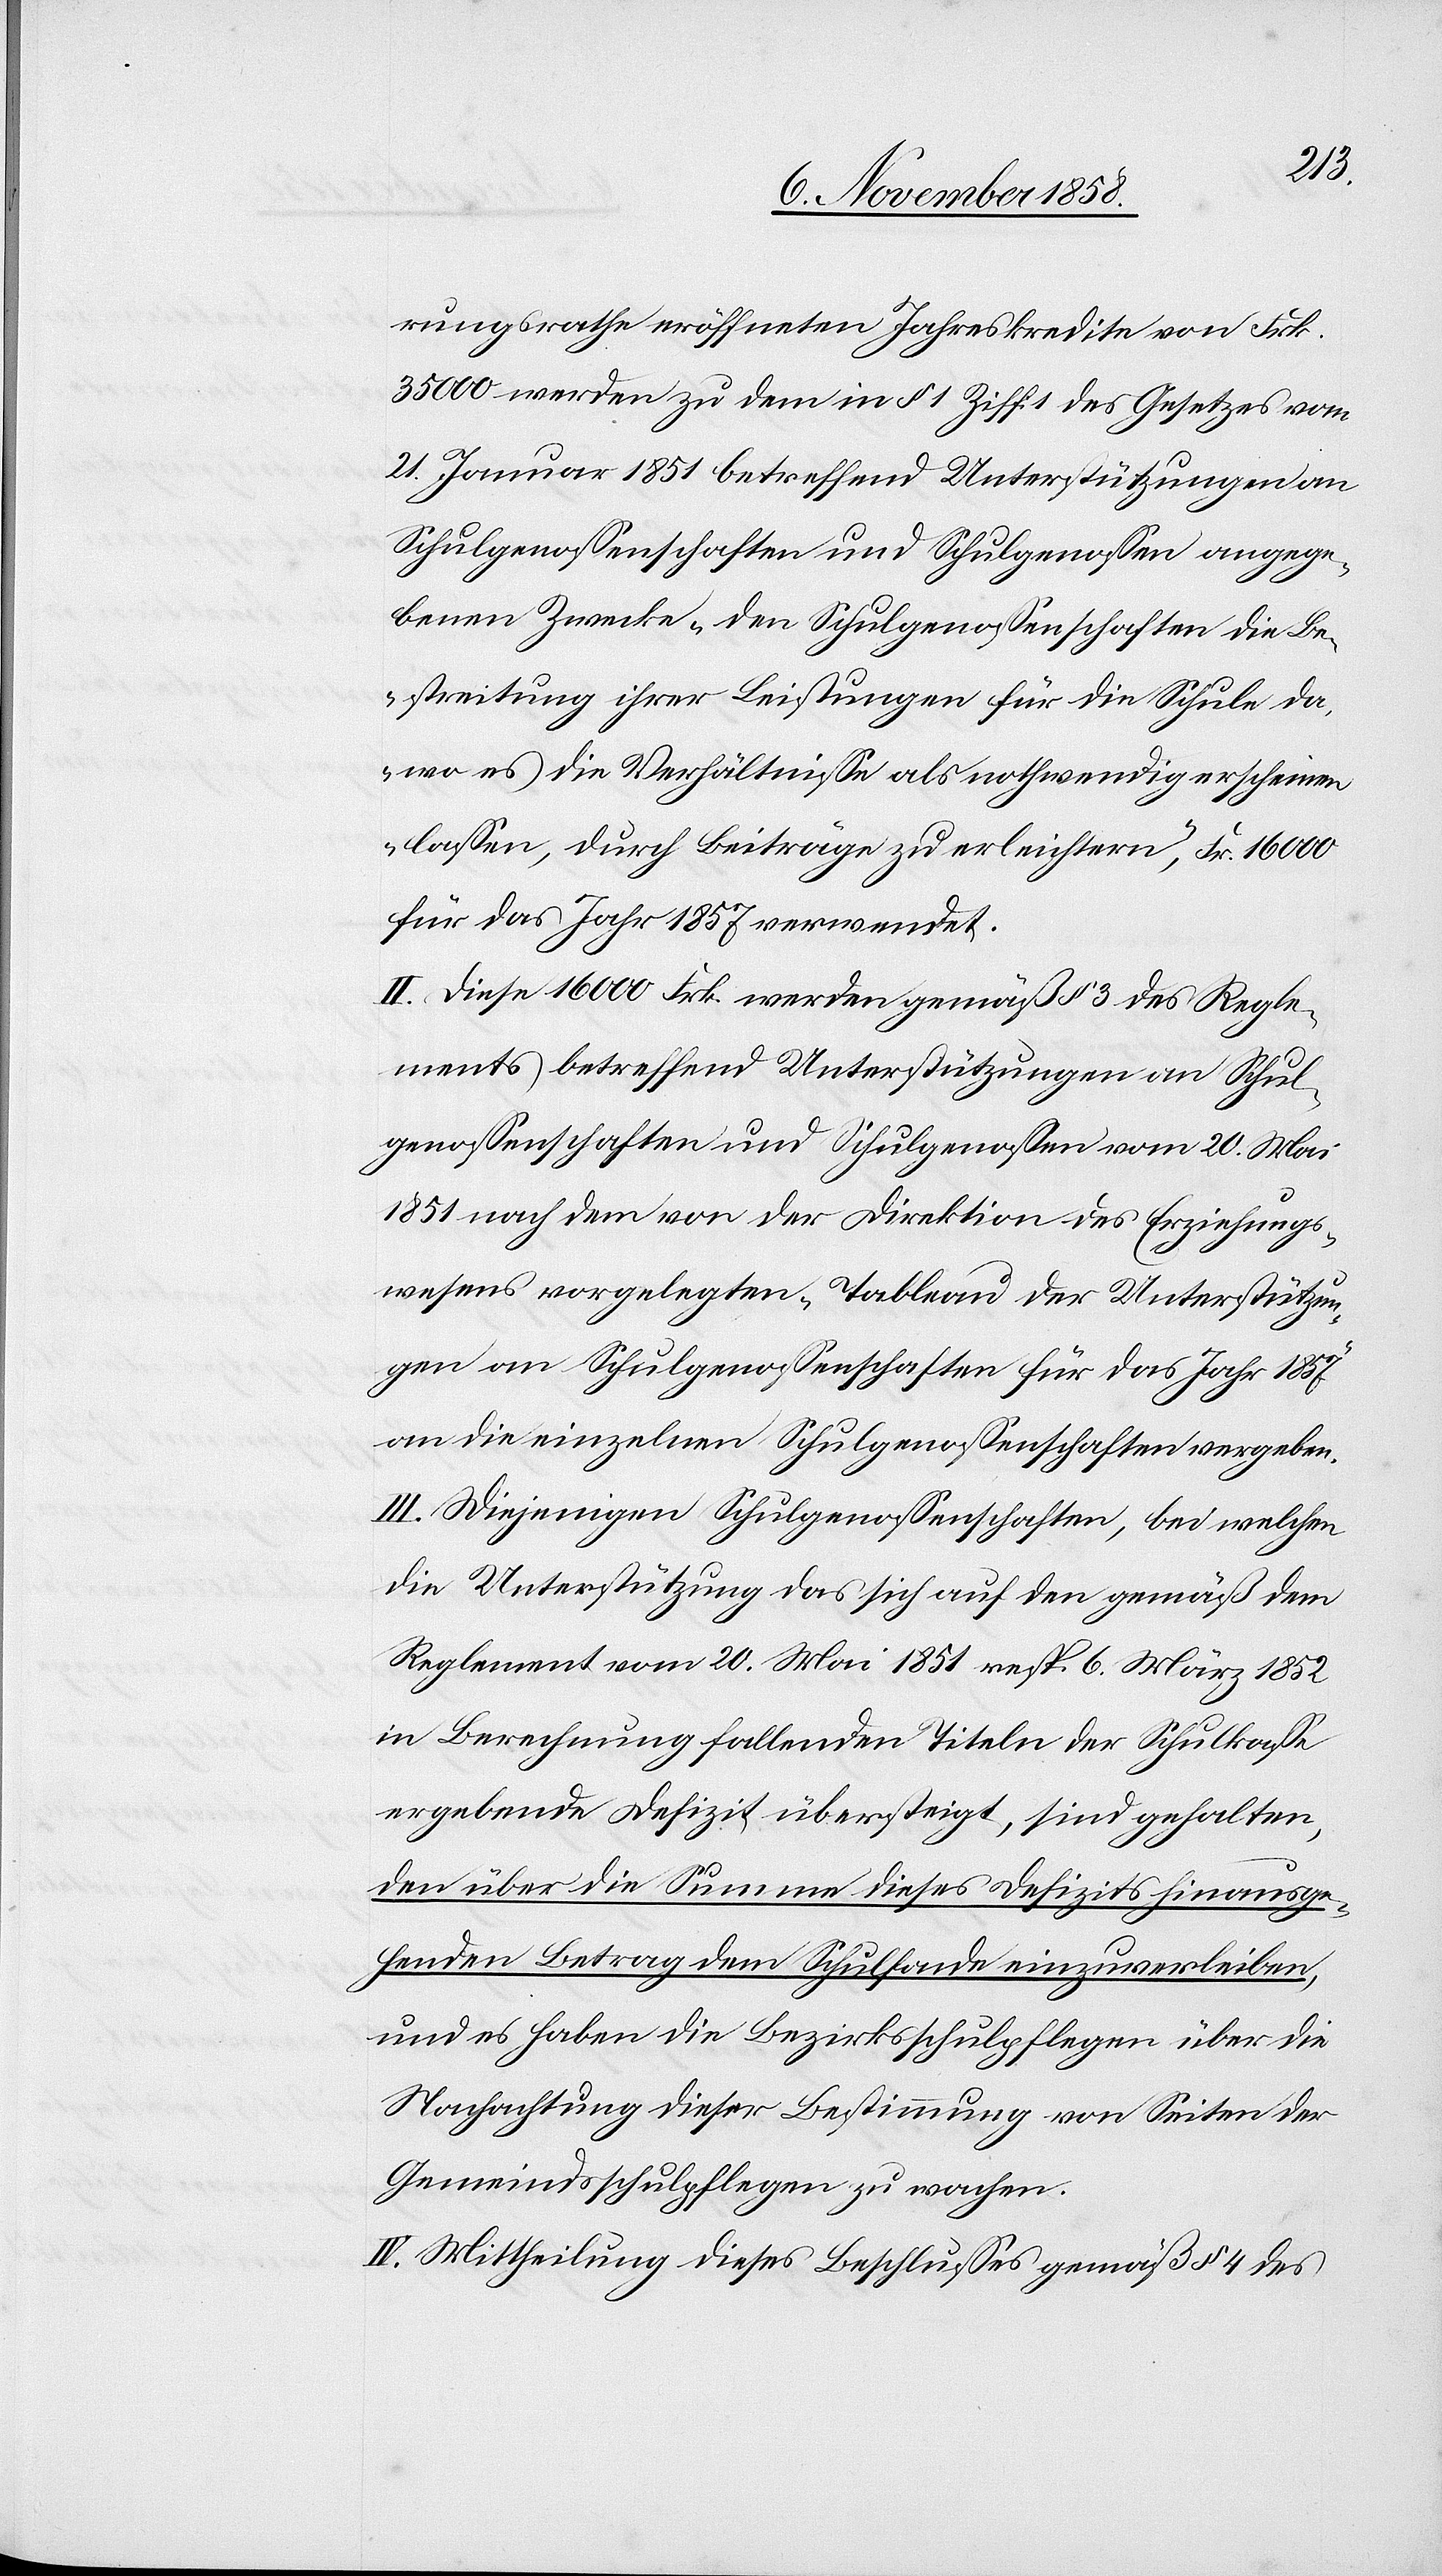
rungsrathe eröffneten Jahreskredite von Frk.
35 000 werden zu dem in § 1 Ziff. 1 des Gesetzes vom
21. Januar 1851 betreffend Unterstützungen an
Schulgenossenschaften und Schulgenossen angege¬
benen Zwecke „den Schulgenossenschaften die Be¬
streitung ihrer Leistungen für die Schule da,
wo es die Verhältnisse als nothwendig erscheinen
lassen, durch Beiträge zu erleichtern“, Fr. 16 000
für das Jahr 1857 verwendet.
II. Diese 16 000 Frk. werden gemäß § 3 des Regle¬
ments betreffend Unterstützungen an Schul¬
genossenschaften und Schulgenossen vom 20. Mai
1851 nach dem von der Direktion des Erziehungs¬
wesens vorgelegten „Tableau der Unterstützun¬
gen an Schulgenossenschaften für das Jahr 1857“
an die einzelnen Schulgenossenschaften vergeben.
III. Diejenigen Schulgenossenschaften, bei welchen
die Unterstützung das sich auf den gemäß dem
Reglement vom 20. Mai 1851 resp. 6. März 1852
in Berechnung fallenden Titeln der Schulkasse
ergebende Defizit übersteigt, sind gehalten,
den über die Summe dieses Defizits hinausge¬
henden Betrag dem Schulfonde einzuverleiben,
und es haben die Bezirksschulpflegen über die
Nachachtung dieser Bestimmung von Seiten der
Gemeindsschulpflegen zu wachen.
IV. Mittheilung dieses Beschlusses gemäß § 4 des